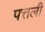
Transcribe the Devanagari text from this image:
पत्तली